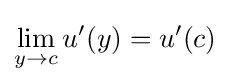
\lim _{y\to c}u'(y)=u'(c)